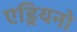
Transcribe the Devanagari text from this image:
एड्रियनो